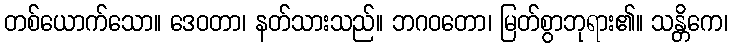
တစ်ယောက်သော။ ဒေဝတာ၊ နတ်သားသည်။ ဘဂဝတော၊ မြတ်စွာဘုရား၏။ သန္တိကေ၊